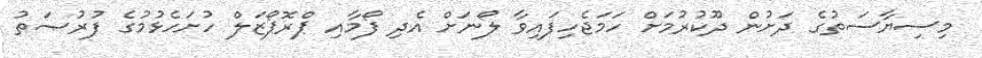
މިސިޔާސަތުގެ ދަށުން ދޫކުރުމަށް ހަމަޖެހިފައިވާ ލޯނަށް އެދި ފޯމާއި ޕްރޮޕޯޒަލް ހުށަހެޅުމުގެ ފުރުޞަތު